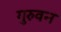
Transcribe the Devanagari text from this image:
गुरुवन